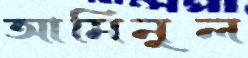
আমিনুল